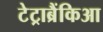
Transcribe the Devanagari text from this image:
टेट्राब्रैंकिआ